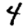
Digit: 4